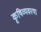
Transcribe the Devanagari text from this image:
कृषिव्‍यवस्था